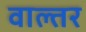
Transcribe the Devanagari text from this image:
वाल्तर